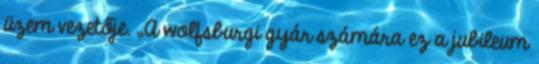
üzem vezetője. „A wolfsburgi gyár számára ez a jubileum